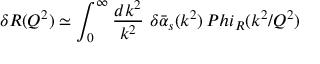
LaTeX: \delta R ( Q ^ { 2 } ) \simeq \int _ { 0 } ^ { \infty } { \frac { d k ^ { 2 } } { k ^ { 2 } } } \ \delta \bar { \alpha } _ { s } ( k ^ { 2 } ) \, P h i _ { R } ( k ^ { 2 } / Q ^ { 2 } )